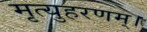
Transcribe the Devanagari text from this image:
मृत्युहरणम्‌।